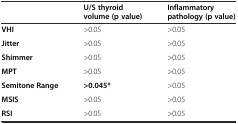
|  | U/S thyroid volume (p value) | Inflammatory pathology (p value) |
 | --- | --- | --- |
 | VHI | >0.05 | >0.05 |
 | Jitter | >0.05 | >0.05 |
 | Shimmer | >0.05 | >0.05 |
 | MPT | >0.05 | >0.05 |
 | Semitone Range | >0.045* | >0.05 |
 | MSIS | >0.05 | >0.05 |
 | RSI | >0.05 | >0.05 |